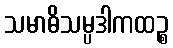
သမာဓိသမ္ပဒါကထဉ္စ